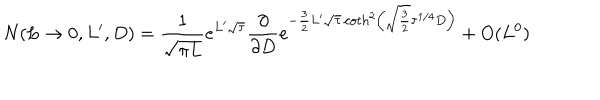
N ( L \to 0 , L ^ { \prime } , D ) = { \frac { 1 } { \sqrt { \pi L } } } e ^ { L ^ { \prime } \sqrt \tau } { \frac { \partial } { \partial D } } e ^ { - { \frac { 3 } { 2 } } L ^ { \prime } \sqrt \tau \coth ^ { 2 } \left( \sqrt { \frac { 3 } { 2 } } \tau ^ { 1 / 4 } D \right) } + O ( L ^ { 0 } )